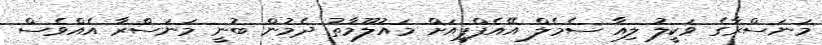
މަނަސްރާގެ ވަކީލު ލިއާ ސެމެލް އޭއެފްޕީއަށް މައުލޫމާތު ދެމުން ބުނީ މަނަސްރާ އެއްވެސް